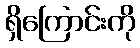
ရှိကြောင်းကို